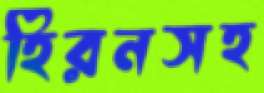
হিরনসহ